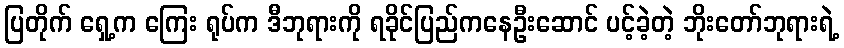
ပြတိုက် ရှေ့က ကြေး ရုပ်က ဒီဘုရားကို ရခိုင်ပြည်ကနေဦးဆောင် ပင့်ခဲ့တဲ့ ဘိုးတော်ဘုရားရဲ့